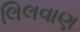
લિલવાણ